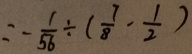
= - \frac { 1 } { 5 6 } \div ( \frac { 7 } { 8 } - \frac { 1 } { 2 } )